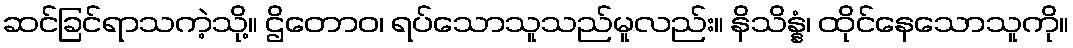
ဆင်ခြင်ရာသကဲ့သို့။ ဌိတောဝ၊ ရပ်သောသူသည်မူလည်း။ နိသိန္နံ၊ ထိုင်နေသောသူကို။